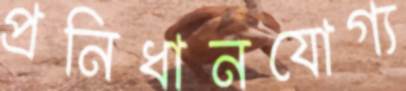
প্রনিধানযোগ্য